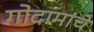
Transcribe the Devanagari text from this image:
गोदामांचे